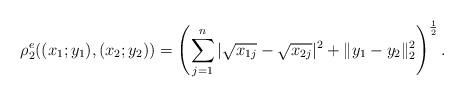
LaTeX: \begin{align*}\rho^e_2((x_1;y_1),(x_2;y_2))=\left(\sum_{j=1}^n|\sqrt{x_{1j}}-\sqrt{x_{2j}}|^2+\|y_1-y_2\|^2_2\right)^{\frac12}.\end{align*}